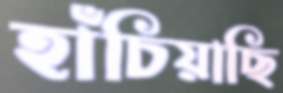
হাঁচিয়াছি